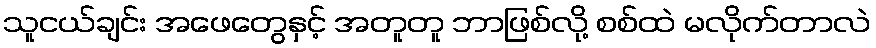
သူငယ်ချင်း အဖေတွေနှင့် အတူတူ ဘာဖြစ်လို့ စစ်ထဲ မလိုက်တာလဲ